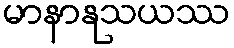
မာနာနုသယဿ